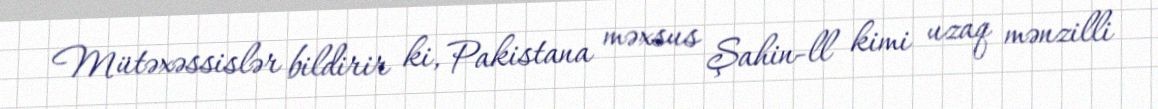
Mütəxəssislər bildirir ki, Pakistana məxsus Şahin-ll kimi uzaq mənzilli